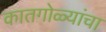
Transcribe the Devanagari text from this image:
कातगोळ्यांचा